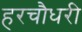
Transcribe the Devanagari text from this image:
हरचौधरी